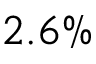
2 . 6 \%